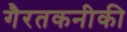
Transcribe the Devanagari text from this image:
गैरतकनीकी